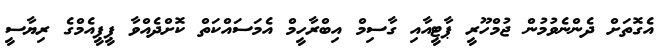
އެގޮތަށް ދެންނެވުމުން ޖުމްހޫރީ ޕާޓީއާއި ގާސިމް އިބްރާހީމް އެމަސައްކަތް ކޮށްދެއްވާ ޕީޕީއެމްގެ ރިޔާސީ